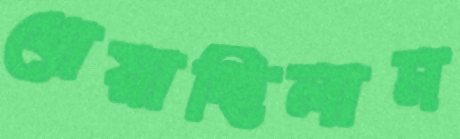
ধোয়াচ্ছিলাম